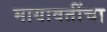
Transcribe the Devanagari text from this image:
मायावतींचा